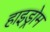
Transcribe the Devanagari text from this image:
हाइड्रोम